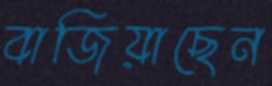
বাজিয়াছেন